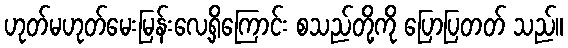
ဟုတ်မဟုတ်မေးမြန်းလေ့ရှိကြောင်း စသည်တို့ကို ပြောပြတတ် သည်။